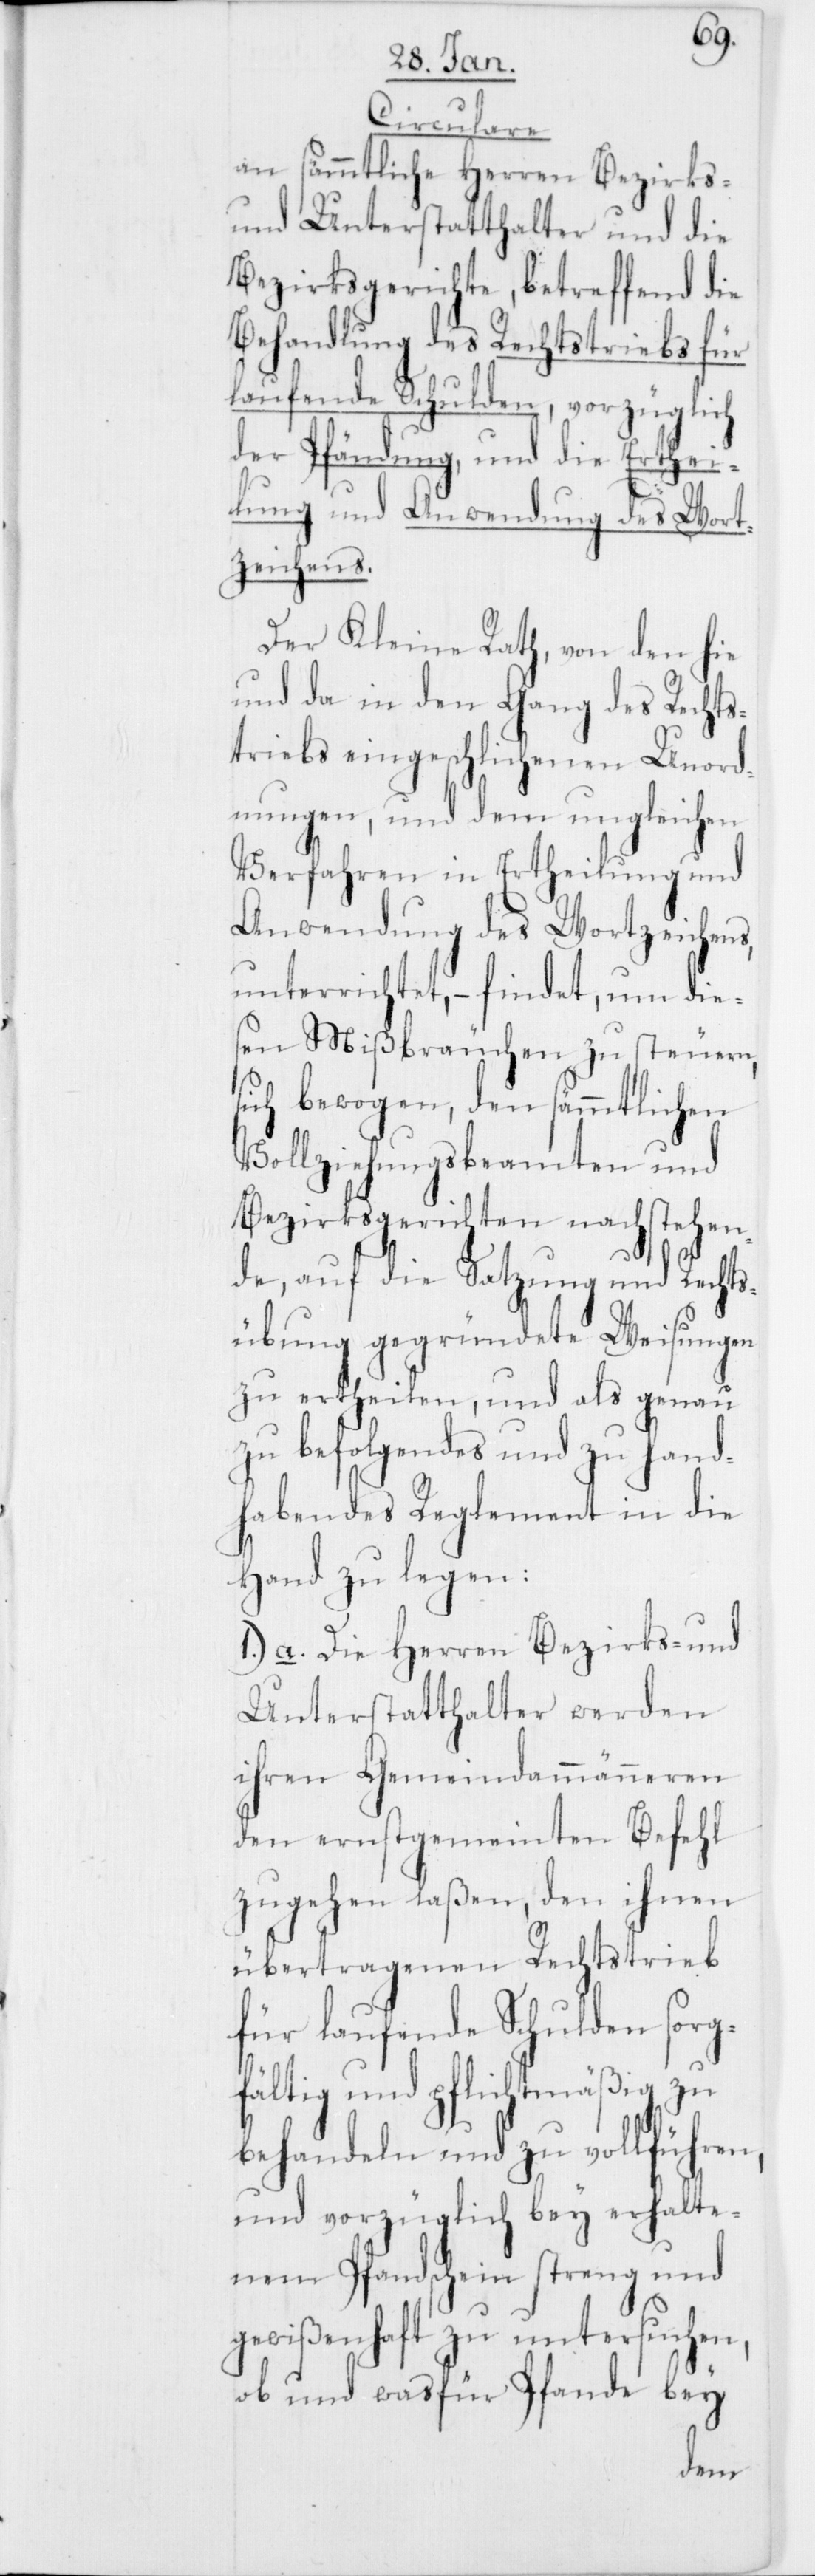
Circulare
an sämmtliche Herren Bezirks-
und Unterstatthalter und die
Bezirksgerichte, betreffend die
Behandlung des Rechtstriebs für
laufende Schulden, vorzüglich
der Pfändung, und die Erthei¬
lung und Anwendung des Wort¬
zeichens.
Der Kleine Rath, von den hie
und da in den Gang des Rechts¬
triebs eingeschlichenen Unord¬
nungen, und dem ungleichen
Verfahren in Ertheilung und
Anwendung des Wortzeichens,
unterrichtet, – findet, um dies¬
en Mißbräuchen zu steuern,
sich bewogen, den sämmtlichen
Vollziehungsbeamten und
Bezirksgerichten nachstehen¬
de, auf die Satzung und Rechts¬
übung gegründete Weisungen
zu ertheilen, und als genau
zu befolgendes und zu hand¬
habendes Reglement in die
Hand zu legen:
1.) a. Die Herren Bezirks- und
Unterstatthalter werden
ihren Gemeindammänneren
den ernstgemeinten Befehl
zugehen laßen, den ihnen
übertragenen Rechtstrieb
für laufende Schulden sorg¬
fältig und pflichtmäßig zu
behandeln und zu vollführen,
und vorzüglich bey erhalte¬
nem Pfandschein streng und
gewißenhaft zu untersuchen,
ob und was für Pfande bey